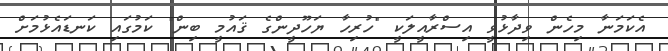
އެކަމަނާ މިހެން ވިދާޅުވީ އިސްރާއީލަކީ "ހުރިހާ ޔަހޫދީންގެ ޤައުމީ ބިން" ކަމުގައި ކަނޑައެޅުމަށް